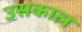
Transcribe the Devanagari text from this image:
उसकाल